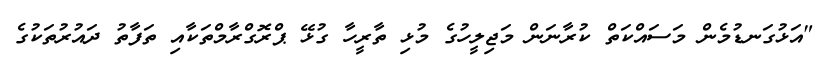
"އަޅުގަނޑުމެން މަސައްކަތް ކުރާނަން މަޖިލީހުގެ މުޅި ތާރީހާ ގުޅޭ ޕްރޮގްރާމްތަކާއި ތަފާތު ދައުރުތަކުގެ